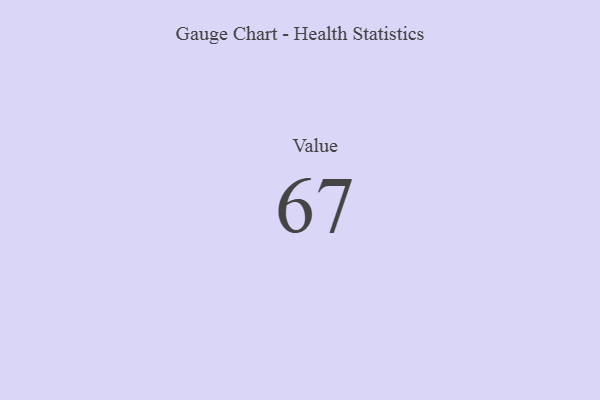
{"axis": {"x": "Metric", "y": "Value"}, "legend": [""], "data": [{"x": "Value", "y": 67, "type": ""}]}